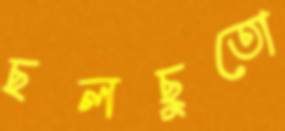
ছলছুতো